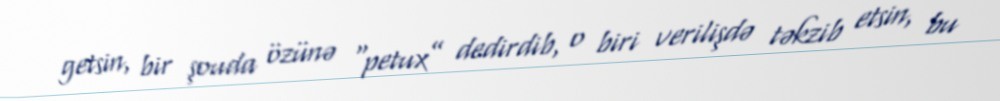
getsin, bir şouda özünə “petux” dedirdib, o biri verilişdə təkzib etsin, bu